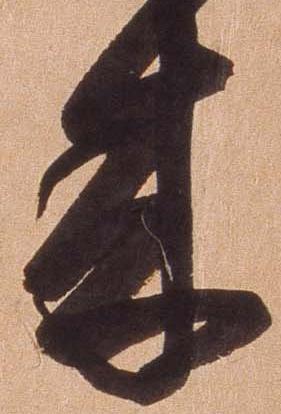
来